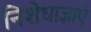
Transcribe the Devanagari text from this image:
निशेधाज्ञाएं